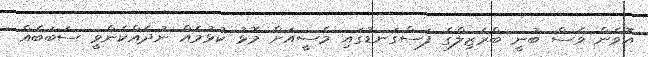
އޮވެން ވެސް ބުނީ ބްރެޒިލްގެ ފަސްގަނޑުގައި މެސީއަށް މޮޅު ކުޅުމެއް ނުދެއްކެންވީ ސަބަބެއް